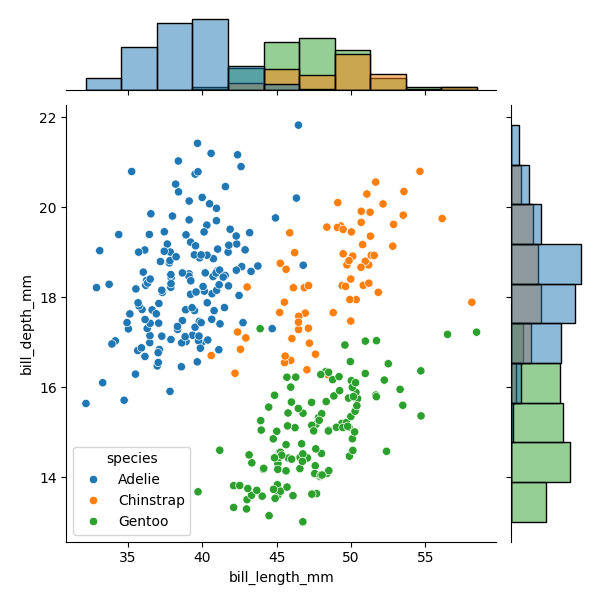
python, seaborn, JointGrid, scatterplot, histplot, hue